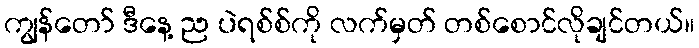
ကျွန်တော် ဒီနေ့ ည ပဲရစ်စ်ကို လက်မှတ် တစ်စောင်လိုချင်တယ်။